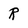
Character: R